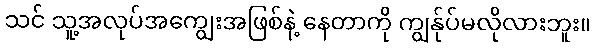
သင် သူ့အလုပ်အကျွေးအဖြစ်နဲ့ နေတာကို ကျွန်ုပ်မလိုလားဘူး။